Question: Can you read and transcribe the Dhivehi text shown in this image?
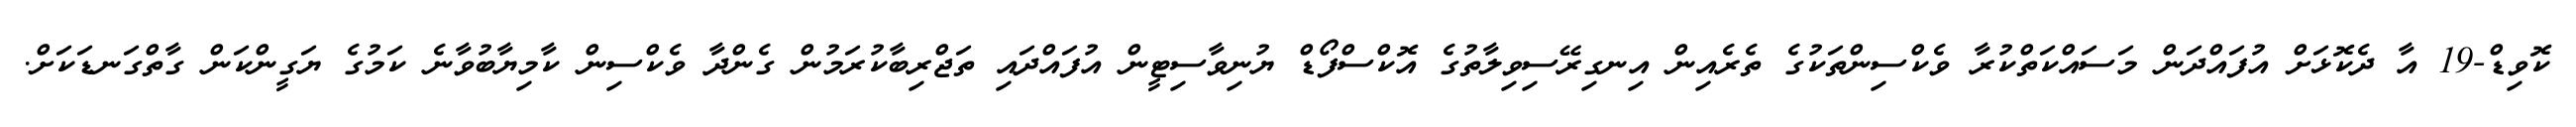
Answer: ކޮވިޑް-19 އާ ދެކޮޅަށް އުފައްދަން މަސައްކަތްކުރާ ވެކްސިންތަކުގެ ތެރެއިން އިނގިރޭސިވިލާތުގެ އޮކްސްފޯޑް ޔުނިވާސިޓީން އުފައްދައި ތަޖްރިބާކުރަމުން ގެންދާ ވެކްސިން ކާމިޔާބުވާނެ ކަމުގެ ޔަގީންކަން ގާތްގަނޑަކަށް.